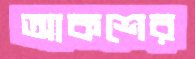
আকশের